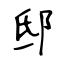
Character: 邸